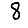
Digit: 8